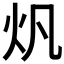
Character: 𤆘